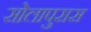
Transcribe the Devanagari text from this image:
सोलापुरास